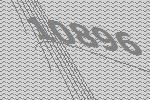
10896